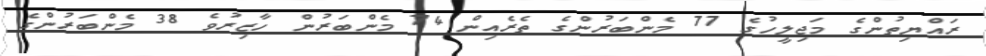
ރައްޔިތުންގެ މަޖިލީހުގެ 77 މެންބަރުންގެ ތެރެއިން 74 މެންބަރުން ހާޒިރުވެ 38 މެންބަރުންގެ